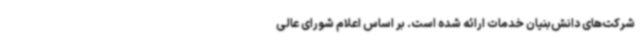
شرکت‌های دانش‌بنیان خدمات ارائه شده است. بر اساس اعلام شورای عالی